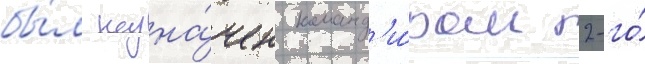
бы́л назна́чен команд'и́ром 2-го́